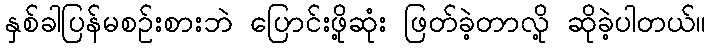
နှစ်ခါပြန်မစဥ်းစားဘဲ ပြောင်းဖို့ဆုံး ဖြတ်ခဲ့တာလို့ ဆိုခဲ့ပါတယ်။